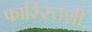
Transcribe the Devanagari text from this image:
फास्स्दिशी